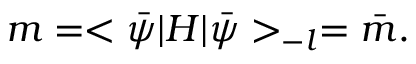
m = < \bar { \psi } | { \cal H } | \bar { \psi } > _ { - l } = \bar { m } .